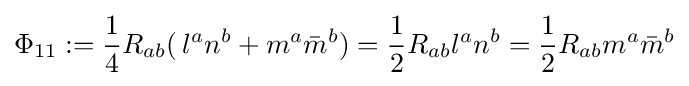
\Phi _{11}:={\frac {1}{4}}R_{ab}(\,l^{a}n^{b}+m^{a}{\bar {m}}^{b})={\frac {1}{2}}R_{ab}l^{a}n^{b}={\frac {1}{2}}R_{ab}m^{a}{\bar {m}}^{b}